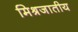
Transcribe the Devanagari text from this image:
मिश्रजातीय